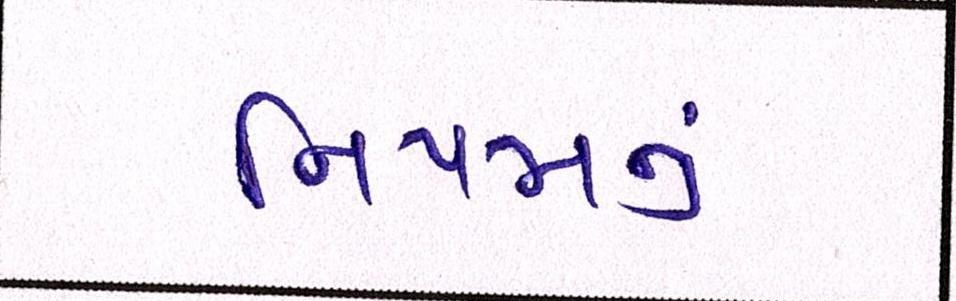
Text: નિયમનું